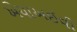
એચાઅઈવી